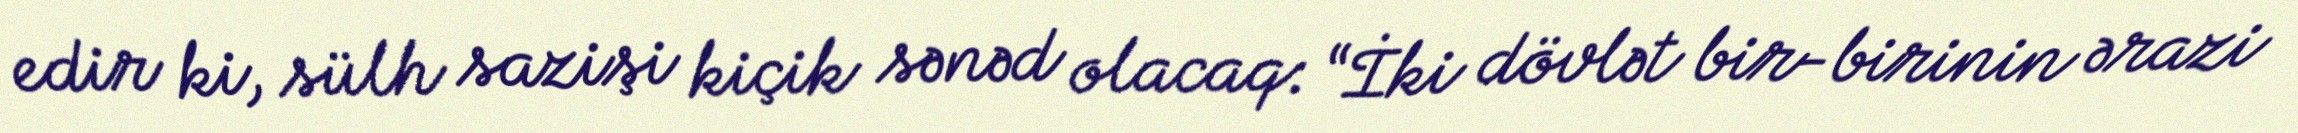
edir ki, sülh sazişi kiçik sənəd olacaq: “İki dövlət bir-birinin ərazi